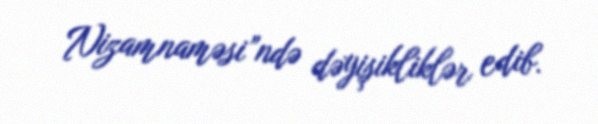
Nizamnaməsi”ndə dəyişikliklər edib.